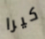
كيرا